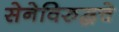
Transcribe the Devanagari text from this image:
सेनेविरुद्धचे